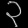
Digit: ၃